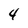
Character: 4